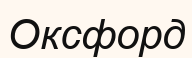
Оксфорд